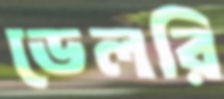
ডেলরি